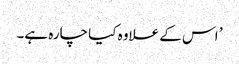
’ اس کے علاوہ کیا چارہ ہے۔